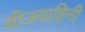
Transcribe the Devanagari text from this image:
वीजवाहिनी